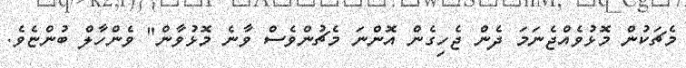
މެޗަކުން މޮޅުވެއްޖެނަމަ ދެން ޖެހިގެން އޮންނަ މެޗުންވެސް ވާނެ މޮޅުވާން" ވެންހާލް ބުންޏެވެ.